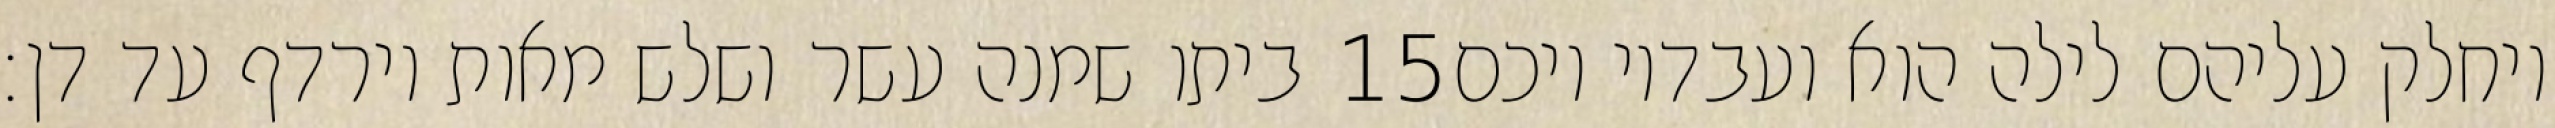
ביתו שמנה עשר ושלש מאות וירדף עד דן׃ ‎15‏ ויחלק עליהם לילה הוא ועבדיו ויכם